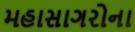
મહાસાગરોના